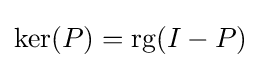
\ker(P)=\operatorname {rg} (I-P)